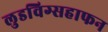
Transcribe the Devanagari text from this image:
लुडविग्सहाफन